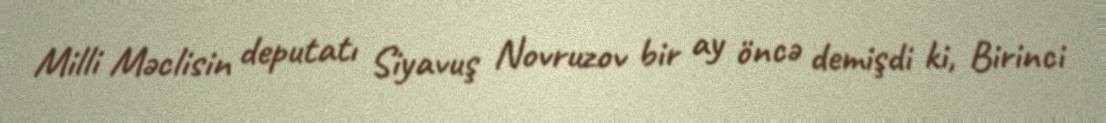
Milli Məclisin deputatı Siyavuş Novruzov bir ay öncə demişdi ki, Birinci